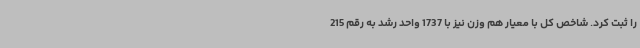
را ثبت کرد. شاخص کل با معیار هم وزن نیز با 1737 واحد رشد به رقم 215